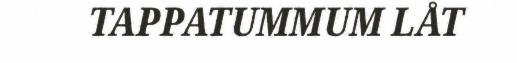
TAPPATUMMUM LÅT